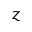
z